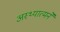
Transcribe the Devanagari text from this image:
अस्थ्यात्मने